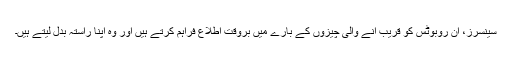
سینسرز، ان روبوٹس کو قریب آنے والی چیزوں کے بارے میں بروقت اطلاع فراہم کرتے ہیں اور وہ اپنا راستہ بدل لیتے ہیں۔